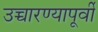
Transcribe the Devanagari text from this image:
उच्चारण्यापूर्वी